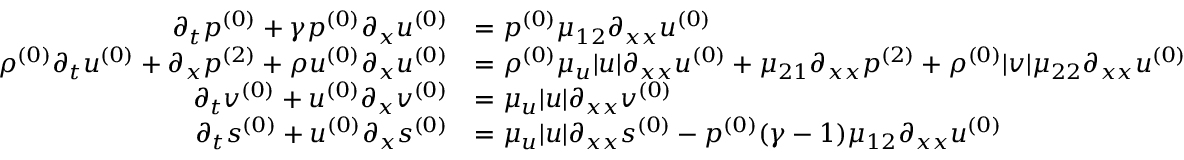
\begin{array} { r l } { \partial _ { t } \ensuremath { p ^ { ( 0 ) } } + \gamma \ensuremath { p ^ { ( 0 ) } } \partial _ { x } \ensuremath { u ^ { ( 0 ) } } } & { = \ensuremath { p ^ { ( 0 ) } } \mu _ { 1 2 } \partial _ { x x } \ensuremath { u ^ { ( 0 ) } } } \\ { \ensuremath { \rho ^ { ( 0 ) } } \partial _ { t } \ensuremath { u ^ { ( 0 ) } } + \partial _ { x } \ensuremath { p ^ { ( 2 ) } } + \ensuremath { \rho u ^ { ( 0 ) } } \partial _ { x } \ensuremath { u ^ { ( 0 ) } } } & { = \ensuremath { \rho ^ { ( 0 ) } } \mu _ { u } | u | \partial _ { x x } \ensuremath { u ^ { ( 0 ) } } + \mu _ { 2 1 } \partial _ { x x } \ensuremath { p ^ { ( 2 ) } } + \ensuremath { \rho ^ { ( 0 ) } } | v | \mu _ { 2 2 } \partial _ { x x } \ensuremath { u ^ { ( 0 ) } } } \\ { \partial _ { t } \ensuremath { v ^ { ( 0 ) } } + \ensuremath { u ^ { ( 0 ) } } \partial _ { x } \ensuremath { v ^ { ( 0 ) } } } & { = \mu _ { u } | u | \partial _ { x x } \ensuremath { v ^ { ( 0 ) } } } \\ { \partial _ { t } \ensuremath { s ^ { ( 0 ) } } + \ensuremath { u ^ { ( 0 ) } } \partial _ { x } \ensuremath { s ^ { ( 0 ) } } } & { = \mu _ { u } | u | \partial _ { x x } \ensuremath { s ^ { ( 0 ) } } - \ensuremath { p ^ { ( 0 ) } } ( \gamma - 1 ) \mu _ { 1 2 } \partial _ { x x } \ensuremath { u ^ { ( 0 ) } } } \end{array}